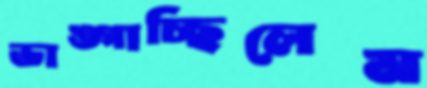
ভাঙ্গাচ্ছিলেম